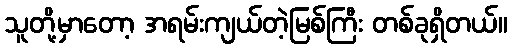
သူတို့မှာတော့ အရမ်းကျယ်တဲ့မြစ်ကြီး တစ်ခုရှိတယ်။